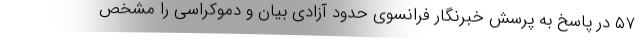
۵۷ در پاسخ به پرسش خبرنگار فرانسوی حدود آزادی بیان و دموکراسی را مشخص